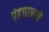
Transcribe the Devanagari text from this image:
इंद्राप्रमाणे